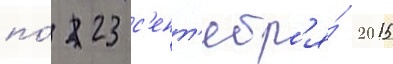
по́ 23 с'ент'ябр'я́ 2015